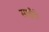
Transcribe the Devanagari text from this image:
साईंचे